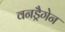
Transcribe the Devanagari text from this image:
वनड्रैगेन